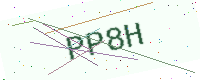
Text: PP8H